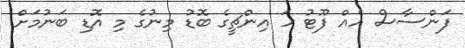
ފަންސާސް އެއް ފޫޓު ހަ އިންޗީގެ ބޮޑު މިނުގެ މި އޮޑި ބަނުމަށް